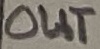
Text: OUT